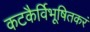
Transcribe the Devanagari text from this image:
कटकैर्विभूषितकरं